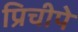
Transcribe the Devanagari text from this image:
प्रिचीपे